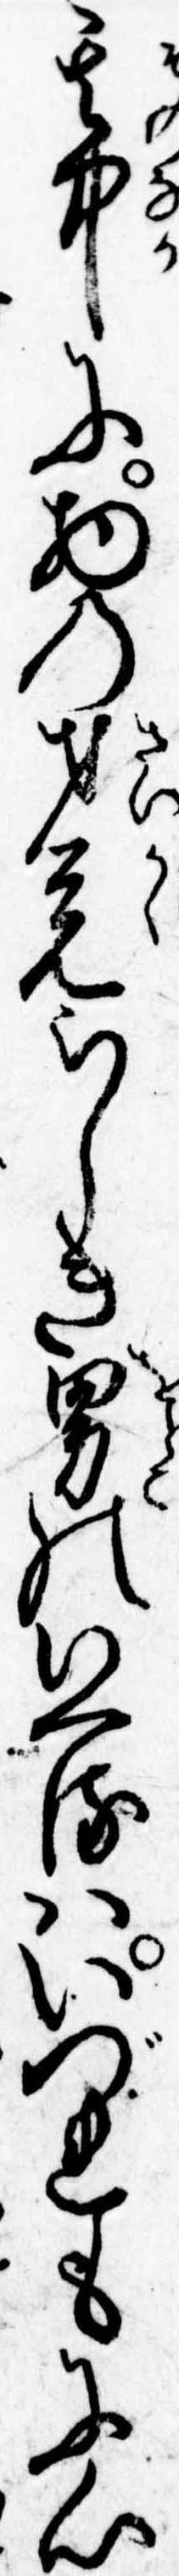
其中に物の才覚らしき男のいへるはいづれもに心